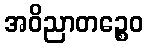
အဝိညာတဉ္စေဝ